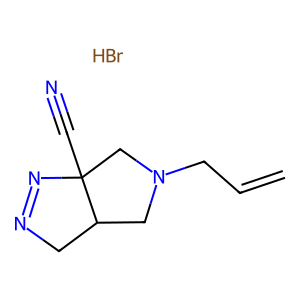
SMILES: Br.C=CCN1CC2CN=NC2(C#N)C1
Inhibits HIV replication: No